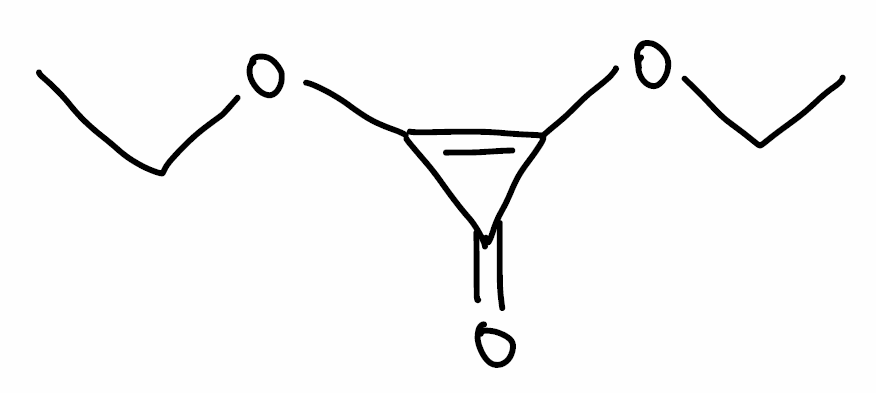
Simplified molecular-input line-entry system (SMILES) notation of the given molecule:
CCOC1=C(C1=O)OCC